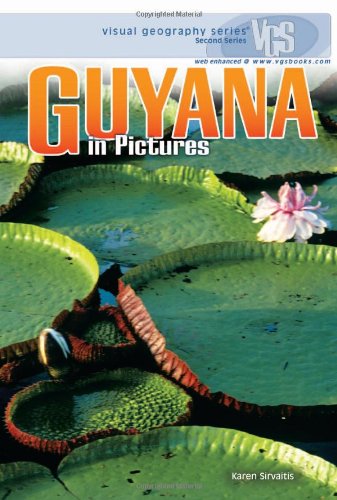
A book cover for Guyana in Pictures (Visual Geography. Second Series); Karen Sirvaitis; Children's Books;